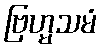
ဗြဟ္မသမံ